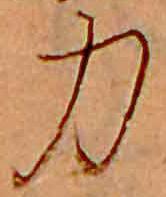
力